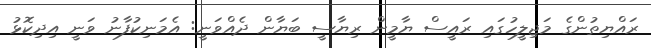
ރައްޔިތުންގެ މަޖިލީހުގައި ރައީސް ޔާމީން ރިޔާސީ ބަޔާން ދެއްވަނީ: އެމަނިކުފާނު ވަނީ އިދިކޮޅު